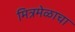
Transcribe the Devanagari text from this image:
मित्रमेळाचा